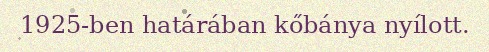
1925-ben határában kőbánya nyílott.